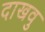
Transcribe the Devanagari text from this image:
दाखवु